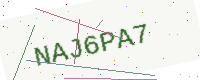
Text: NAJ6PA7